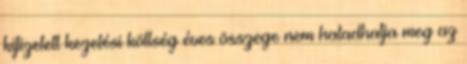
kifizetett kezelési költség éves összege nem haladhatja meg az